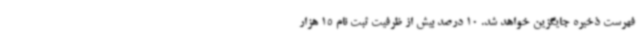
فهرست ذخیره جایگزین خواهد شد. 10 درصد بیش از ظرفیت ثبت نام 15 هزار